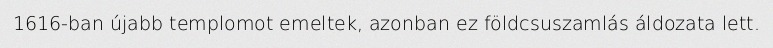
1616-ban újabb templomot emeltek, azonban ez földcsuszamlás áldozata lett.